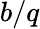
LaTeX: b/q